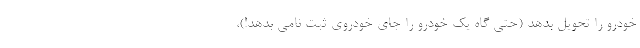
خودرو را تحویل بدهد (حتی گاه یک خودرو را جای خودروی ثبت نامی بدهد!)،